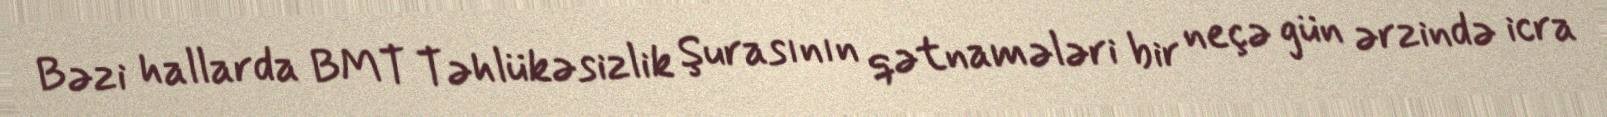
Bəzi hallarda BMT Təhlükəsizlik Şurasının qətnamələri bir neçə gün ərzində icra